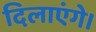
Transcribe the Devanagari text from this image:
दिलाएंगे।